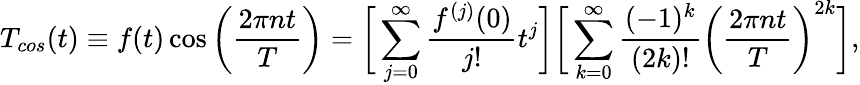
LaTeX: T_{cos}(t)\equiv f(t)\cos{\bigg(\frac{2\pi nt}{T}\bigg)}=\bigg[\sum_{j=0}^{\infty}\frac{f^{(j)}(0)}{j!}t^{j}\bigg]\bigg[\sum_{k=0}^{\infty}\frac{(-1)^{k}}{(2k)!}\bigg(\frac{2\pi nt}{T}\bigg)^{2k}\bigg],